Vital statistics of India. Vol. V, Reports of 1876 on armies & jails and on epidemic cholera
Year: 1876
Disease focus: Cholera
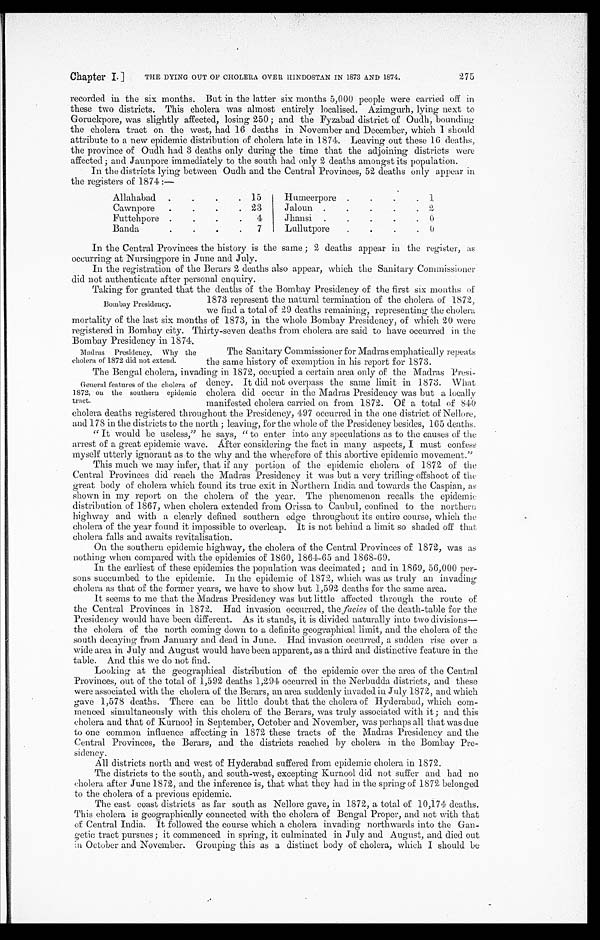
Chapter I.1
THE DYING OUT OP CHOLERA OVER HINDUSTAN IN 1873 AND 1874.
275
recorded in the six months. But in the latter six months 5,000 people were carried off in
these two districts. This cholera was almost entirely localised. Azimgurh, lying next to
Goruckpore, was slightly affected, losing 250 ; and the Fyzabad district of Oudh, bounding
the cholera tract on the west, had 16 deaths in November and December, which I should
attribute to a new epidemic distribution of cholera late in 1874. Leaving out these 16 deaths,
the province of Oudh had 3 deaths only during the time that the adjoining districts were
affected; and Jaunpore immediately to the south had only 2 deaths amongst its population.
In the districts lying between Oudh and the Central Provinces, 52 deaths only appear in
the registers of 1874 :—
Allahabad. .
.
. 15
Humeerpore .
.
.
. 1
Cawnpore.
.
Futtehpore.
.
.
. 23
.
.
4
Jaloun .
.
.
Jhansi .
.
.
.
. 2
.
. 0
Banda.
.
.
.
7
Lullutpore
.
.
.
. 0
In the Central Provinces the history is the same ; 2 deaths appear in the register, as
occurring at Nursingpore in June and July.
In the registration of the Berars 2 deaths also appear, which the Sanitary Commissioner
did not authenticate after personal enquiry.
Taking for granted that the deaths of the Bombay Presidency of the first six months of
1873 represent the natural termination of the cholera of 1872,
Bombay Presidency.
we find a total of 29 deaths remaining, representing the cholera
mortality of the last six months of 1873, in the whole Bombay Presidency, of which 20 were
registered in Bombay city. Thirty-seven deaths from cholera are said to have occurred in the
Bombay Presidency in 1874.
Madras Presidency. Why the
The Sanitary Commissioner for Madras emphatically repeats
cholera of 1872 did not extend.
the same history of exemption in his report for 1873.
The Bengal cholera, invading in 1872, occupied a certain area only of the Madras Presi-
General features of the cholera of dency. It did not overpass the same limit in 1873. What
1872, ou the southern epidemic cholera did occur in the Madras Presidency was but a locally
tract.
manifested cholera carried on from 1872. Of a total of 810
cholera deaths registered throughout the Presidency, 497 occurred in the one district of Nellore,
and 178 in the districts to the north ; leaving, for the whole of the Presidency besides, 165 deaths.
" It would be useless," he says, " to enter into any speculations as to the causes of the
arrest of a great epidemic wave. After considering the fact in many aspects, I must confess
myself utterly ignorant as to the why and the wherefore of this abortive epidemic movement."
This much we may infer, that if any portion of the epidemic cholera of 1872 of the
Central Provinces did reach the Madras Presidency it was but a very trifling offshoot of the
great body of cholera which found its true exit in Northern India and towards the Caspian, as
shown in my report on the cholera of the year. The phenomenon recalls the epidemic
distribution of 1867, when cholera extended from Orissa to Caubul, confined to the northern
highway and with a clearly defined southern edge throughout its entire course, which the
cholera of the year found it impossible to overleap. It is not behind a limit so shaded off that
cholera falls and awaits revitalisation.
On the southern epidemic highway, the cholera of the Central Provinces of 1872, was as
nothing when compared with the epidemics of 1860, 1861-05 and 1868-00.
In the earliest of these epidemics the population was decimated; and in 1869, 56,000 per-
sons succumbed to the epidemic. In the epidemic of 1872, which was as truly an invading
cholera as that of the former years, we have to show but 1,592 deaths for the same area.
It seems to me that the Madras Presidency was but little affected through the route of
the Central Provinces in 1872. Had invasion occurred, the facies of the death-table -for the
Presidency would have been different. As it stands, it is divided naturally into two divisions—
the cholera of the north coming down to a definite geographical limit, and the cholera of the
south decaying from January and dead. in June. Had invasion occurred, a sudden rise over a
wide area in July and August would have been apparent, as a third and distinctive feature in the
table. And this we do not find.
Looking at the geographical distribution of the epidemic over the area of the Central
Provinces, out of the total of 1,592 deaths 1,291 occurred in the Nerbudda districts, and these
were associated with the cholera of the Berars, an area suddenly invaded in July 1872, and. which
gave 1,578 deaths. There can be little doubt that the cholera of Hyderabad, which com-
menced simultaneously with this cholera of the Berars, was truly associated with it ; and this
cholera and that of Kurnool in September, October and November, was perhaps all that was due
to one common influence affecting in 1872 these tracts of the Madras Presidency and the
Central Provinces, the Berars, and the districts reached by cholera in the Bombay Pre-
sidency.
All districts north and west of Hyderabad suffered from epidemic cholera in 1872.
The districts to the south, and south-west, excepting Kurnool did not suffer and had no
cholera after June 1872, and the inference is, that what they had in the spring of 1872 belonged
to the cholera of a previous epidemic.
The east coast districts as far south as Nellore gave, in 1872, a total of 10,174 deaths.
This cholera is geographically connected with the cholera of Bengal Proper, and not with that
of Central India. It -followed the course which a cholera invading northwards into the Gan-
getic tract pursues; it commenced in spring, it culminated. in July and August, and died out
in October and November. Grouping this as a distinct body of cholera, which. I should be